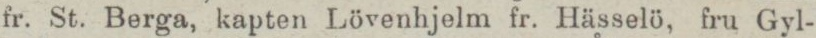
fr. St. Berga, kapten Lövenhjelm fr. Hässelö, fru Gyl-